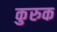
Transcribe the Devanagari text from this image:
कुरुक